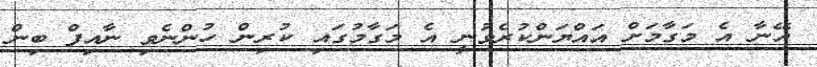
އޭނާ އެ މަގާމަށް އައްޔަންކުރެވުނީ އެ މަގާމުގައި ކުރިން ހުންނެވި ނާއިފް ބިން